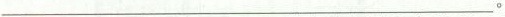
___。